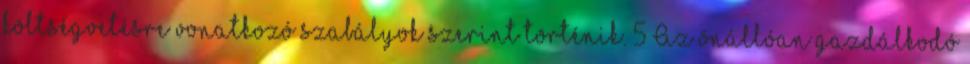
költségvetésre vonatkozó szabályok szerint történik. 5 Az önállóan gazdálkodó